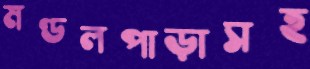
মণ্ডলপাড়াসহ